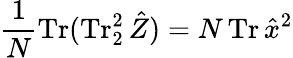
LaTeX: \frac{1}{N}\operatorname{Tr}(\operatorname{Tr}_{2}^{2}\hat{Z})=N\operatorname{Tr}\hat{x}^{2}